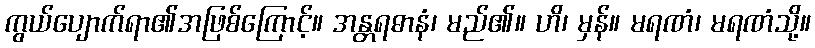
ကွယ်ပျောက်ရာ၏အဖြစ်ကြောင့်။ အန္တရဓာနံ၊ မည်၏။ ဟိ၊ မှန်။ မရဏံ၊ မရဏံသို့။